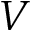
V